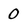
Character: 0